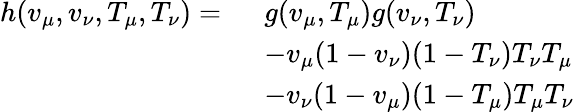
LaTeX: \begin{array}{rl}{h(v_{\mu},v_{\nu},T_{\mu},T_{\nu})=\ }&{g(v_{\mu},T_{\mu})g(v_{\nu},T_{\nu})}\\ &{-v_{\mu}(1-v_{\nu})(1-T_{\nu})T_{\nu}T_{\mu}}\\ &{-v_{\nu}(1-v_{\mu})(1-T_{\mu})T_{\mu}T_{\nu}}\end{array}